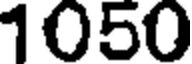
1050